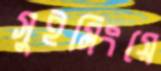
সুইমিংয়ে